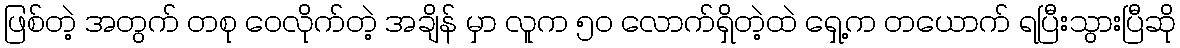
ဖြစ်တဲ့ အတွက် တစု ဝေလိုက်တဲ့ အချိန် မှာ လူက ၅၀ လောက်ရှိတဲ့ထဲ ရှေ့က တယောက် ရပြီးသွားပြီဆို